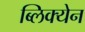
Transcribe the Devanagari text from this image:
ब्लिक्येन